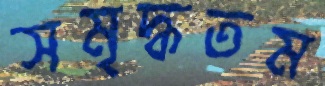
সমৃদ্ধতম